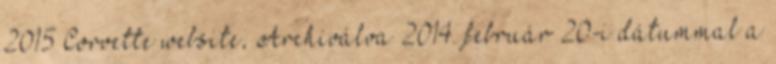
2015 Corvette website, Archiválva 2014. február 20-i dátummal a